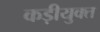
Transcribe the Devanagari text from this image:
कड़ीयुक्त